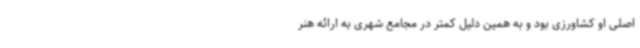
اصلی او کشاورزی بود و به همین دلیل کمتر در مجامع شهری به ارائه هنر